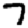
Digit: 7